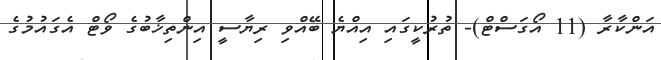
އަންކާރާ (11 އޯގަސްޓް)- ތުރުކީގައި އިއްޔެ ބޭއްވި ރިޔާސީ އިންތިޚާބުގެ ވޯޓް އެގައުމުގެ